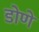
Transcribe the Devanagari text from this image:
डोणे